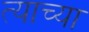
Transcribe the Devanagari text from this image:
त्‍याच्या